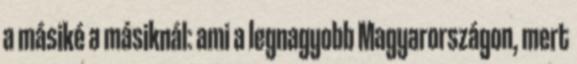
a másiké a másiknál: ami a legnagyobb Magyarországon, mert